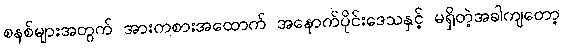
စနစ်များအတွက် အားကစားအထောက် အနောက်ပိုင်းဒေသနှင့် မရှိတဲ့အခါကျတော့